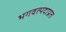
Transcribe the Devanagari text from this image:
भगवत्पदाप्रत